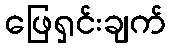
ဖြေရှင်းချက်